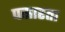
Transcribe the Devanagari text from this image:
पसारता